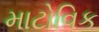
માટોવિક